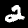
Label: 2